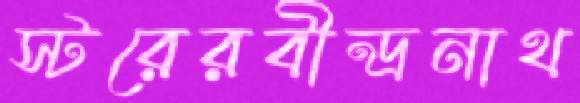
স্টরেরবীন্দ্রনাথ